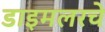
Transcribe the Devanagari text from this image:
डाइमलरचे